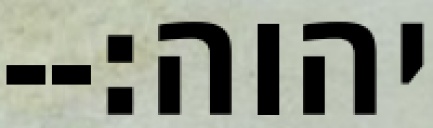
יהוה׃--